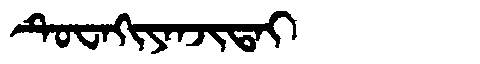
Manchu: ᡨᡠᠸᠠᡴᡳᠶᠠᠨᠵᡳᡨᠠᡳ
Romanization: TUWAKIYANJITAI